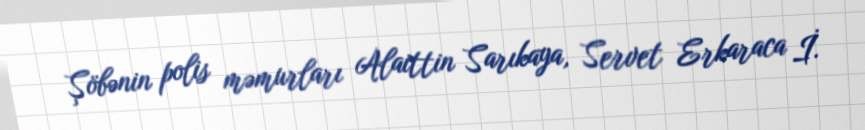
Şöbənin polis məmurları Alaittin Sarıkaya, Servet Erkaraca İ.